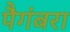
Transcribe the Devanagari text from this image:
पैगंबरा